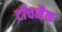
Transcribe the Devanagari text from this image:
टॉचमैक